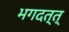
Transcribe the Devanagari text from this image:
भगदत्त्